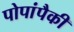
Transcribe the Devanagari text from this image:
पोपांपैकी